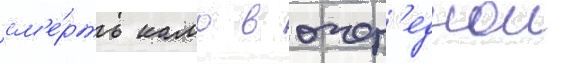
см'е́рть камо в очер'еднои